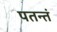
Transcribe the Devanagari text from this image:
पतन्तं